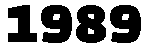
1989